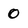
Character: 0